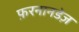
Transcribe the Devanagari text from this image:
फ़रनानडेज़